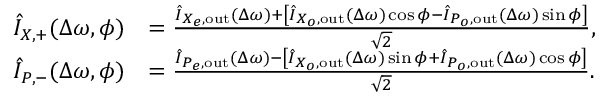
\begin{array} { r l } { \hat { I } _ { X , + } ( \Delta \omega , \phi ) } & { = \frac { \hat { I } _ { X _ { e } , \mathrm { o u t } } ( \Delta \omega ) + \left[ \hat { I } _ { X _ { o } , \mathrm { o u t } } ( \Delta \omega ) \cos \phi - \hat { I } _ { P _ { o } , \mathrm { o u t } } ( \Delta \omega ) \sin \phi \right] } { \sqrt { 2 } } , } \\ { \hat { I } _ { P , - } ( \Delta \omega , \phi ) } & { = \frac { \hat { I } _ { P _ { e } , \mathrm { o u t } } ( \Delta \omega ) - \left[ \hat { I } _ { X _ { o } , \mathrm { o u t } } ( \Delta \omega ) \sin \phi + \hat { I } _ { P _ { o } , \mathrm { o u t } } ( \Delta \omega ) \cos \phi \right] } { \sqrt { 2 } } . } \end{array}